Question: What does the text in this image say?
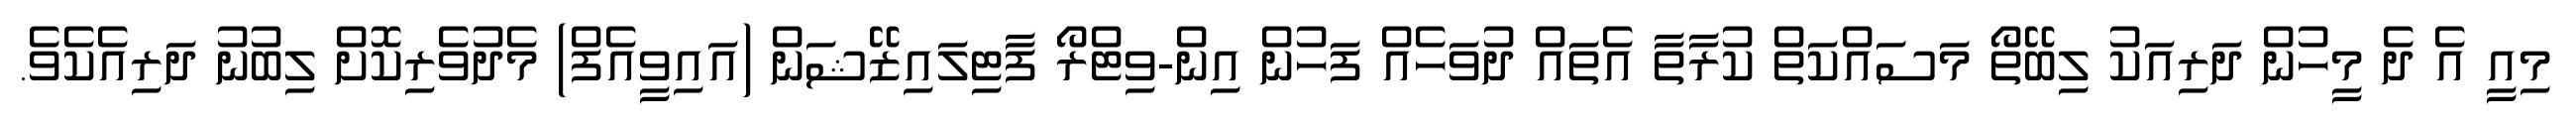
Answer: މިއީ އެ ދެ މީހުން ދަރިއަކު ލިބޭތޯ މަސައްކަތް ކުރާތާ އެތައް ދުވަހެއް ފަހުން އިން-ވިޓްރޯ ފާޓިލައިޒޭޝަން (އައިވީއެފް) މެދުވެރިކޮށް ލިބުނު ދަރިއެކެވެ.